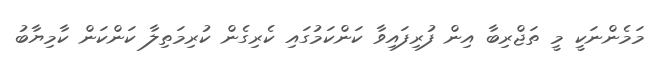
މަމެންނަކީ މީ ތަޖްރިބާ އިން ފުރިފައިވާ ކަންކަމުގައި ކެރިގެން ކުރިމަތިލާ ކަންކަން ކާމިޔާބު